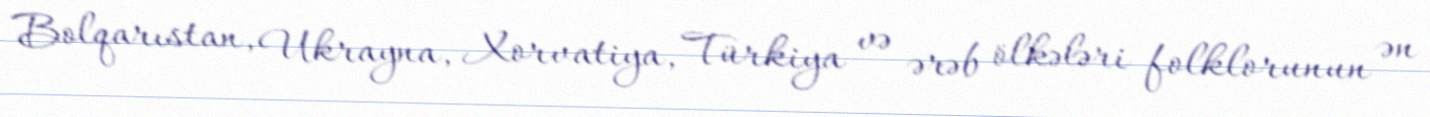
Bolqarıstan, Ukrayna, Xorvatiya, Türkiya və ərəb ölkələri folklorunun ən